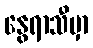
နွေရာသီမှာ